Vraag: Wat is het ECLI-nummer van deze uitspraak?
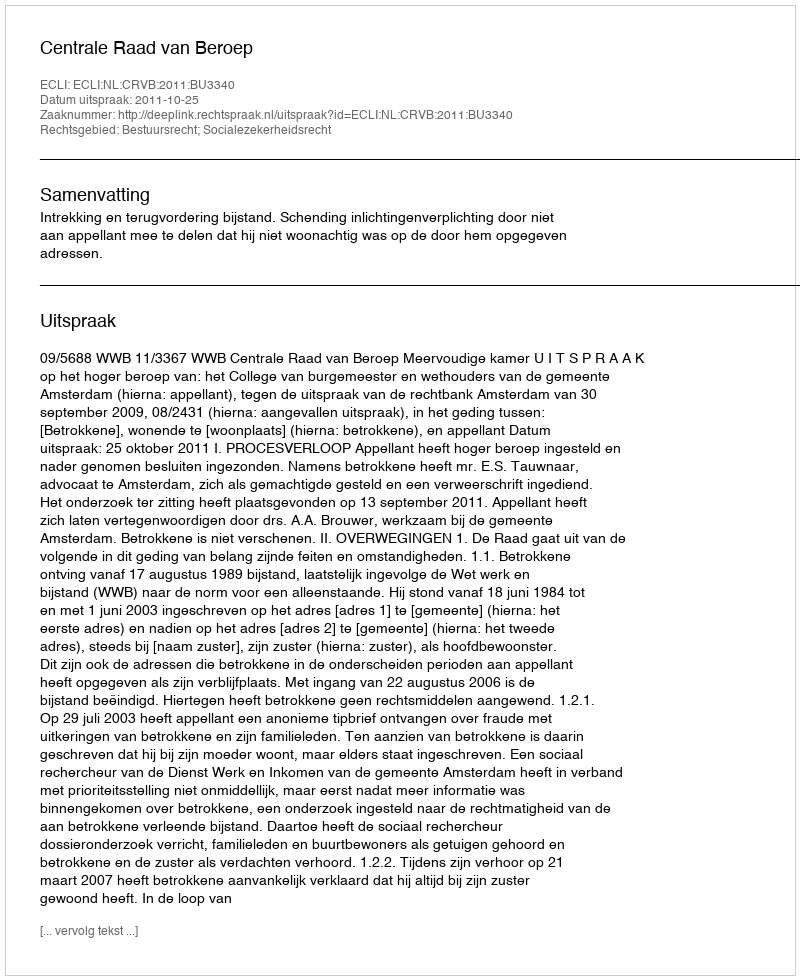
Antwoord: ECLI:NL:CRVB:2011:BU3340